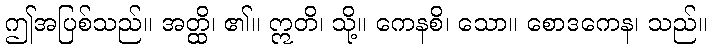
ဤအပြစ်သည်။ အတ္ထိ၊ ၏။ ဣတိ၊ သို့။ ကေနစိ၊ သော။ စောဒကေန၊ သည်။